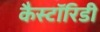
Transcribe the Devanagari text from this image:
कैस्टॉरिडी